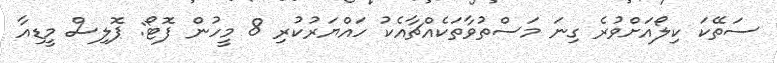
ސަތޭކަ ކިލޯއަށްވުރެ ގިނަ މަސްތުވާތަކެއްޗާއެކު ހައްޔަރުކުރި 8 މީހުން ފޮޓޯ: ޕޮލިސް މީޑިއާ